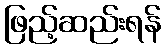
ဖြည့်ဆည်းရန်